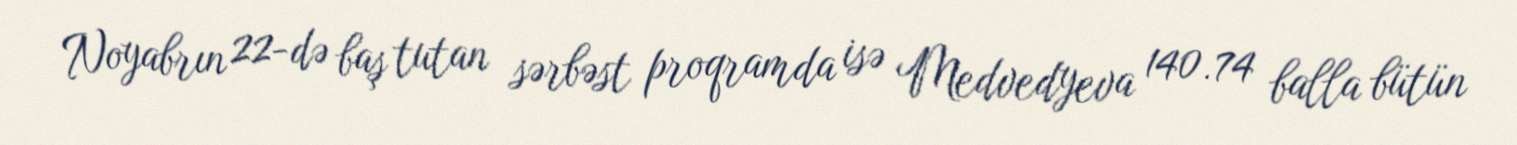
Noyabrın 22-də baş tutan sərbəst proqramda isə Medvedyeva 140.74 balla bütün